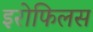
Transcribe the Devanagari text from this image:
इरोफिलस